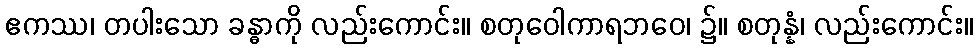
ဧကဿ၊ တပါးသော ခန္ဓာကို လည်းကောင်း။ စတုဝေါကာရဘဝေ၊ ၌။ စတုန္နံ၊ လည်းကောင်း။